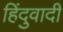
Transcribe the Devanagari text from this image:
हिंदुवादी